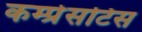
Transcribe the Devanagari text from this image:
कम्प्रेसटिस